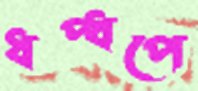
ধপ্‌ধপে